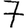
Digit: 7